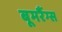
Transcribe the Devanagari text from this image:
बूमरैंग्स